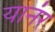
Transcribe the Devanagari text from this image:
यानंर